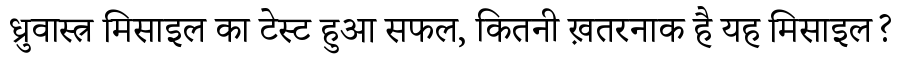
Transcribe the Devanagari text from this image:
ध्रुवास्त्र मिसाइल का टेस्ट हुआ सफल, कितनी ख़तरनाक है यह मिसाइल?